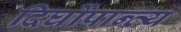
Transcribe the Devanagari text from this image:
दिर्घोपान्त्य